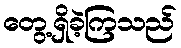
တွေ့ရှိခဲ့ကြသည်